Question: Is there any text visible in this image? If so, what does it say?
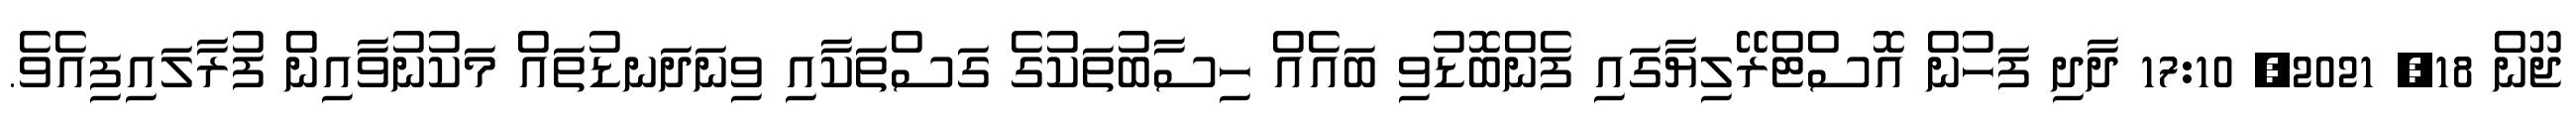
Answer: ޖޫން 18, 2021, 17:10 ދާދި ފަހުން އޮސްޓްރޭލިޔާގައި ފެންބޮޑުވި ބައެއް ހިސާބުތަކުގެ ގަސްތަކާއި ވިނަދަނޑުތައް މަކުނުވާއިން ފުރާލައިފިއެވެ.